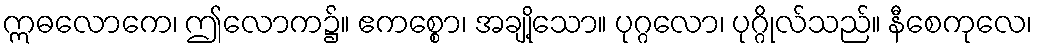
ဣဓလောကေ၊ ဤလောက၌။ ဧကစ္စော၊ အချို့သော။ ပုဂ္ဂလော၊ ပုဂ္ဂိုလ်သည်။ နီစေကုလေ၊